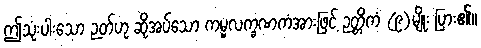
ဤသုံးပါးသော ဉတ်ဟု ဆိုအပ်သော ကမ္မလက္ခဏကံအားဖြင့် ဉတ္တိကံ (၉)မျိုး ပြား၏။